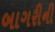
બાગરીની